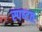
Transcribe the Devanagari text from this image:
स्पष्‍टतः